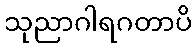
သုညာဂါရဂတာပိ